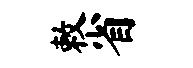
敕省